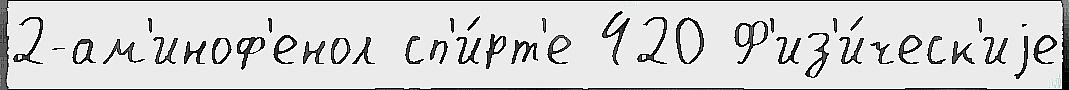
2-ам'иноф'енол сп'и́рт'е 420 Ф'из'и́ческ'иjе